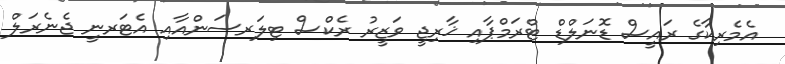
އެމެރިކާގެ ރައީސް ޑޮނަލްޑް ޓްރަމްޕާއި ޚާރިޖީ ވަޒީރު ރެކްސް ޓިލަރސަންއާއި އެޓަރނީ ޖެނެރަލް